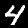
Label: 4